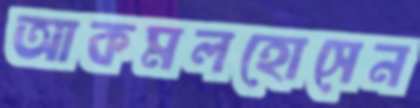
আকমলহোসেন